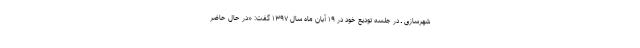
شهرسازی ـ در جلسه تودیع خود در ۱۹ آبان ماه سال ۱۳۹۷ گفت: «در حال حاضر